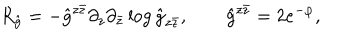
R _ { \hat { g } } = - { \hat { g } } ^ { z \bar { z } } \partial _ { z } \partial _ { \bar { z } } \log { \hat { g } } _ { z \bar { z } } , \qquad \hat { g } ^ { z \bar { z } } = 2 e ^ { - \varphi } ,